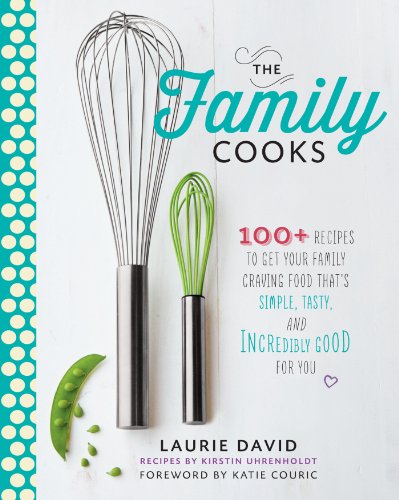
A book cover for The Family Cooks: 100+ Recipes to Get Your Family Craving Food That's Simple, Tasty, and Incredibly Good for You; Laurie David; Health, Fitness & Dieting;